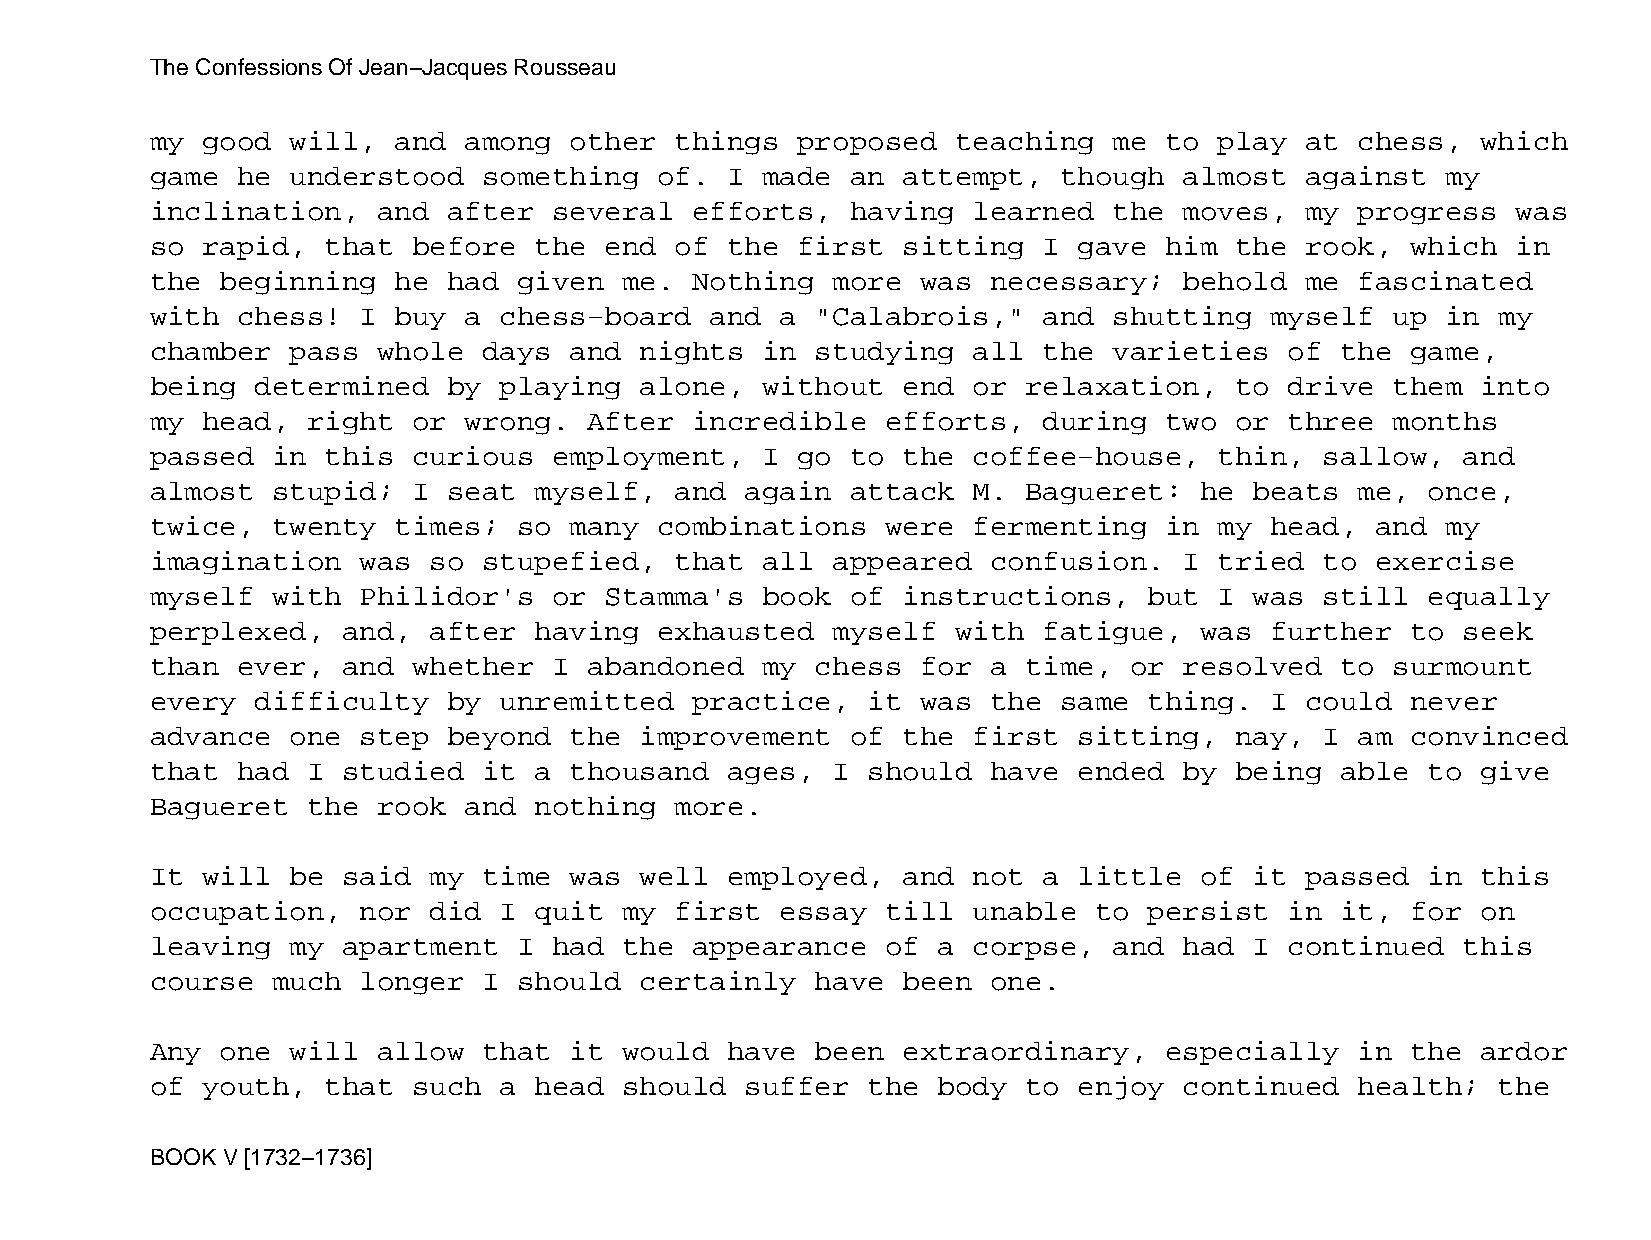
The Confessions Of Jean−Jacques Rousseau
 my good  will,  and  among  other  things  proposed  teaching   me to  play at  chess,  which
 game  he understood   something   of. I made  an  attempt,  though  almost  against   my
 inclination,   and  after  several  efforts,  having  learned   the moves,  my  progress  was
 so rapid,   that before  the  end  of the  first  sitting  I gave  him  the rook,  which  in
 the  beginning  he  had given  me.  Nothing  more  was  necessary;  behold  me  fascinated
 with  chess!  I buy  a chess−board   and  a "Calabrois,"   and  shutting  myself  up  in my
 chamber  pass  whole  days  and nights  in  studying  all  the  varieties  of  the game,
 being  determined   by playing  alone,  without   end or  relaxation,   to drive  them  into
 my head,  right  or  wrong.  After  incredible   efforts,  during  two  or three  months
 passed  in  this curious   employment,  I  go to  the coffee−house,    thin,  sallow,  and
 almost  stupid;  I  seat myself,   and again  attack  M.  Bagueret:  he  beats  me,  once,
 twice,  twenty  times;  so  many  combinations   were fermenting   in  my head,  and  my
 imagination   was so  stupefied,   that all  appeared   confusion.  I  tried  to exercise
 myself  with  Philidor's   or Stamma's  book  of  instructions,   but  I was  still  equally
 perplexed,   and, after  having   exhausted  myself  with  fatigue,  was  further  to  seek
 than  ever,  and whether   I abandoned  my  chess  for  a time,  or resolved   to surmount
 every  difficulty   by unremitted   practice,  it  was  the same  thing.  I could  never
 advance  one  step  beyond  the improvement   of  the first  sitting,   nay,  I am convinced
 that  had I  studied  it a  thousand  ages,  I should   have ended  by  being  able  to give
 Bagueret  the  rook  and nothing   more.
 It will  be  said my  time  was well  employed,   and not  a little  of  it passed   in this
 occupation,   nor did  I quit  my  first  essay  till unable  to  persist  in  it, for  on
 leaving  my  apartment  I  had the  appearance   of a corpse,   and had  I continued   this
 course  much  longer  I should  certainly   have  been  one.
 Any  one will  allow  that  it would  have  been  extraordinary,   especially   in the  ardor
 of youth,   that such  a head  should  suffer  the  body  to enjoy  continued   health;  the
 BOOK V [1732−1736]